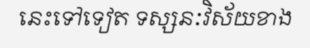
នេះទៅទៀត ទស្សនៈវិស័យខាង